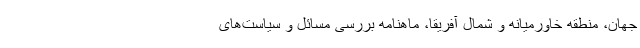
جهان، منطقه خاورمیانه و شمال آفریقا، ماهنامه بررسی مسائل و سیاست‌های